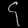
Digit: ၄